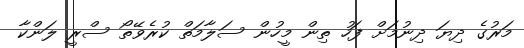
މަރުގެ ދިޔަ ދިނުމަށް ފަހު ތިން މީހުން ސަލާމަތް ކުރެވޭތޯ ސްރީ ލަންކާ